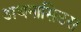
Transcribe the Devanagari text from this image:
अथनासिउस